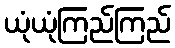
ယုံယုံကြည်ကြည်